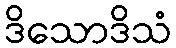
ဒိသောဒိသံ